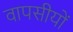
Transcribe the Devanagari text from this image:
वापसीयों